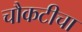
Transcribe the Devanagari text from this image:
चौकटीचा